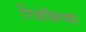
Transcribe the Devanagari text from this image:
रिबॉकच्या